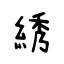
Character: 綉